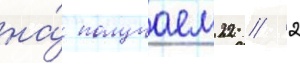
на́ получаем22 // 2